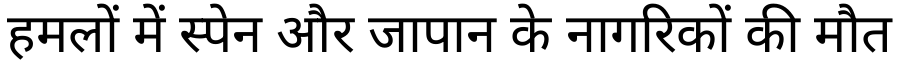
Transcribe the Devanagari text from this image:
हमलों में स्पेन और जापान के नागरिकों की मौत